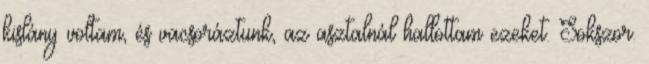
kislány voltam, és vacsoráztunk, az asztalnál hallottam ezeket. Sokszor.